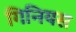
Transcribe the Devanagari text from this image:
गिनियस